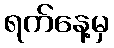
ရက်နေ့မှ